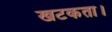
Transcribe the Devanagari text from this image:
खटकता।